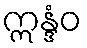
ဣန္ဒံဝ